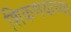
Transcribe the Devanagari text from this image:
शिकणयाच्या